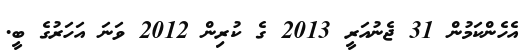
އެހެންކަމުން 31 ޖެނުއަރީ 2013 ގެ ކުރިން 2012 ވަނަ އަހަރުގެ ބީ.